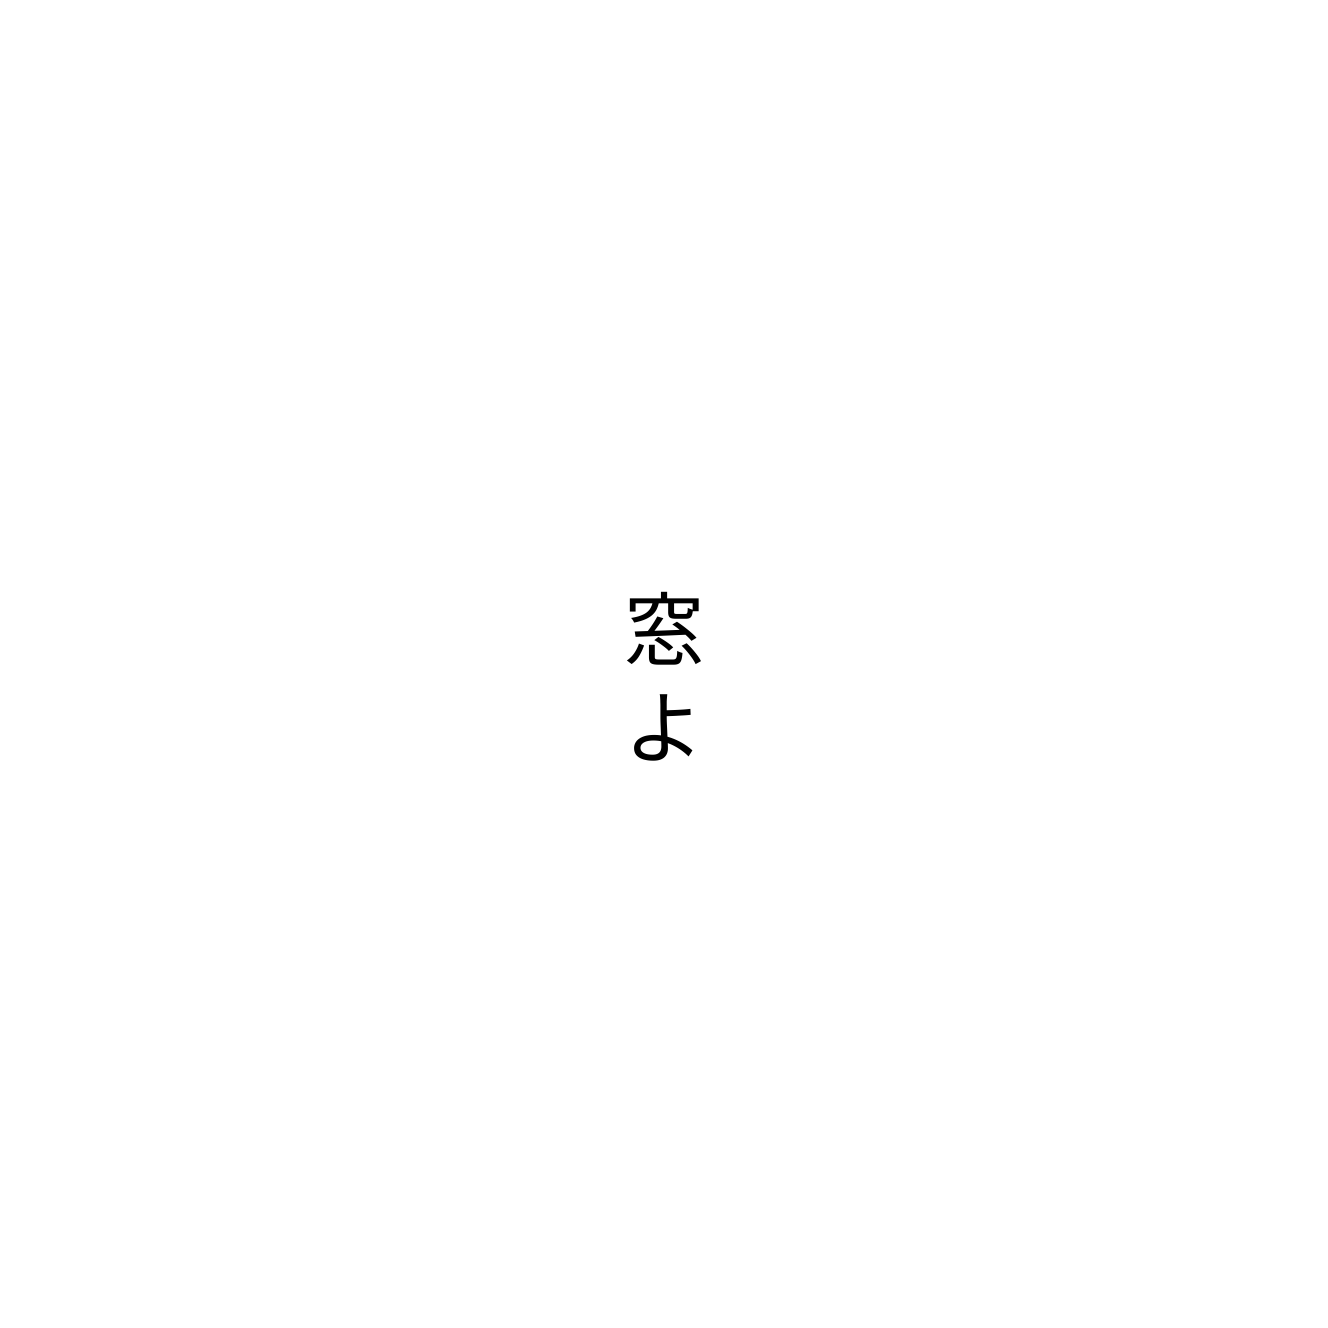
窓よ